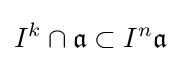
I^{k}\cap {\mathfrak {a}}\subset I^{n}{\mathfrak {a}}